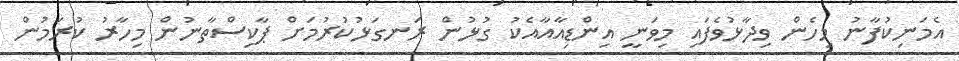
އެމަނިކުފާނު މިހެން ވިދާޅުވެފައި މިވަނީ އިންޑިއާއާާއެކު ގުޅުން ރަނގަޅުކުރުމަށް ޕާކިސްތާނުން މިހާރު ކުރަމުން